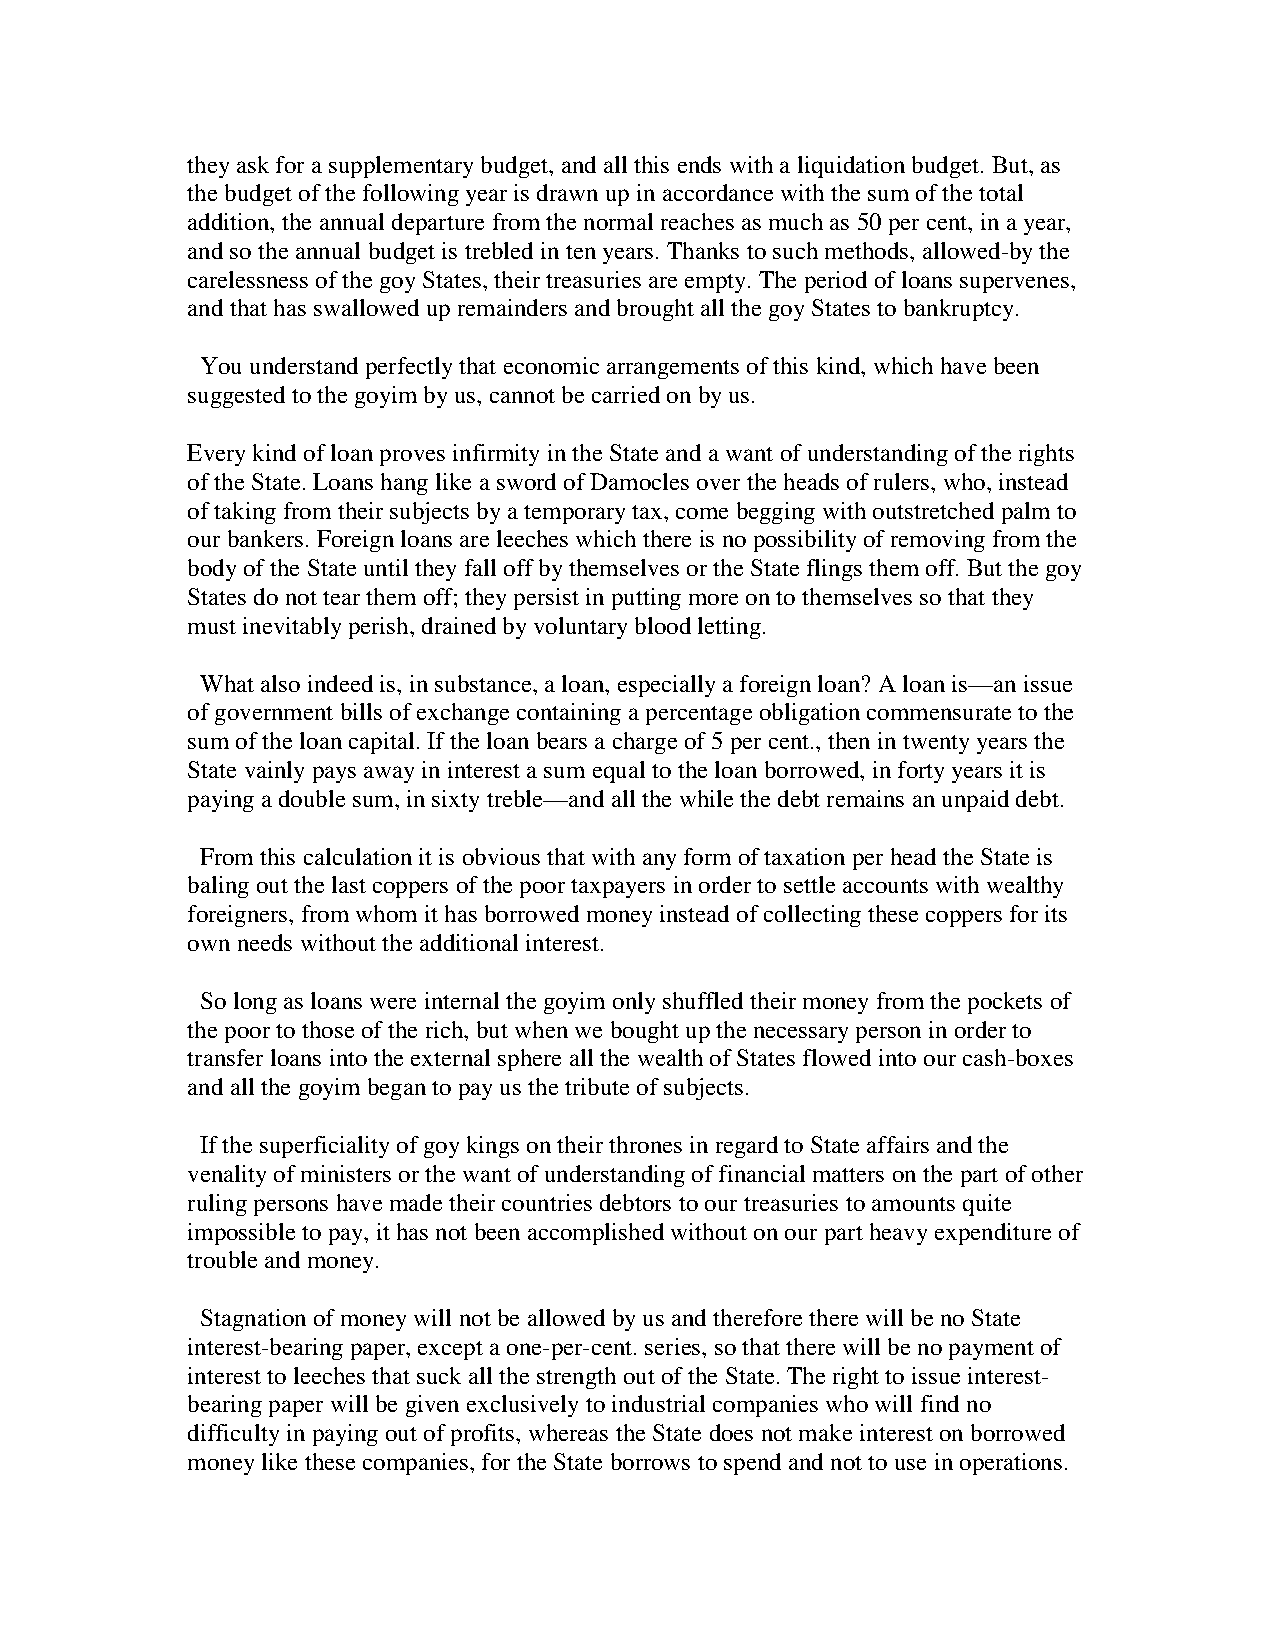
they ask for a supplementary budget, and all this ends with a liquidation budget. But, as
 the budget of the following year is drawn up in accordance with the sum of the total
 addition, the annual departure from the normal reaches as much as 50 per cent, in a year,
 and so the annual budget is trebled in ten years. Thanks to such methods, allowed-by the
 carelessness of the goy States, their treasuries are empty. The period of loans supervenes,
 and that has swallowed up remainders and brought all the goy States to bankruptcy.
 You understand perfectly that economic arrangements of this kind, which have been
 suggested to the goyim by us, cannot be carried on by us.
 Every kind of loan proves infirmity in the State and a want of understanding of the rights
 of the State. Loans hang like a sword of Damocles over the heads of rulers, who, instead
 of taking from their subjects by a temporary tax, come begging with outstretched palm to
 our bankers. Foreign loans are leeches which there is no possibility of removing from the
 body of the State until they fall off by themselves or the State flings them off. But the goy
 States do not tear them off; they persist in putting more on to themselves so that they
 must inevitably perish, drained by voluntary blood letting.
 What also indeed is, in substance, a loan, especially a foreign loan? A loan is—an issue
 of government bills of exchange containing a percentage obligation commensurate to the
 sum of the loan capital. If the loan bears a charge of 5 per cent., then in twenty years the
 State vainly pays away in interest a sum equal to the loan borrowed, in forty years it is
 paying a double sum, in sixty treble—and all the while the debt remains an unpaid debt.
 From this calculation it is obvious that with any form of taxation per head the State is
 baling out the last coppers of the poor taxpayers in order to settle accounts with wealthy
 foreigners, from whom it has borrowed money instead of collecting these coppers for its
 own needs without the additional interest.
 So long as loans were internal the goyim only shuffled their money from the pockets of
 the poor to those of the rich, but when we bought up the necessary person in order to
 transfer loans into the external sphere all the wealth of States flowed into our cash-boxes
 and all the goyim began to pay us the tribute of subjects.
 If the superficiality of goy kings on their thrones in regard to State affairs and the
 venality of ministers or the want of understanding of financial matters on the part of other
 ruling persons have made their countries debtors to our treasuries to amounts quite
 impossible to pay, it has not been accomplished without on our part heavy expenditure of
 trouble and money.
 Stagnation of money will not be allowed by us and therefore there will be no State
 interest-bearing paper, except a one-per-cent. series, so that there will be no payment of
 interest to leeches that suck all the strength out of the State. The right to issue interest-
 bearing paper will be given exclusively to industrial companies who will find no
 difficulty in paying out of profits, whereas the State does not make interest on borrowed
 money like these companies, for the State borrows to spend and not to use in operations.